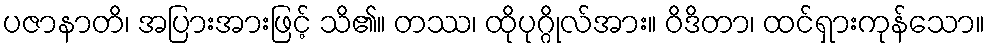
ပဇာနာတိ၊ အပြားအားဖြင့် သိ၏။ တဿ၊ ထိုပုဂ္ဂိုလ်အား။ ဝိဒိတာ၊ ထင်ရှားကုန်သော။